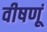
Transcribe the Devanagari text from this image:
वीषणूं